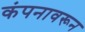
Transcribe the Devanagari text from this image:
कंपनावरून